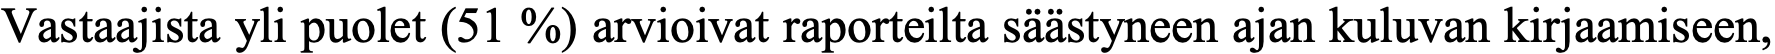
Vastaajista yli puolet (51 %) arvioivat raporteilta säästyneen ajan kuluvan kirjaamiseen,